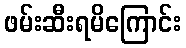
ဖမ်းဆီးရမိကြောင်း